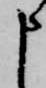
申